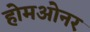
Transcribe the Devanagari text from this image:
होमओनर